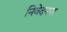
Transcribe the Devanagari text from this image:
निवेदनपर